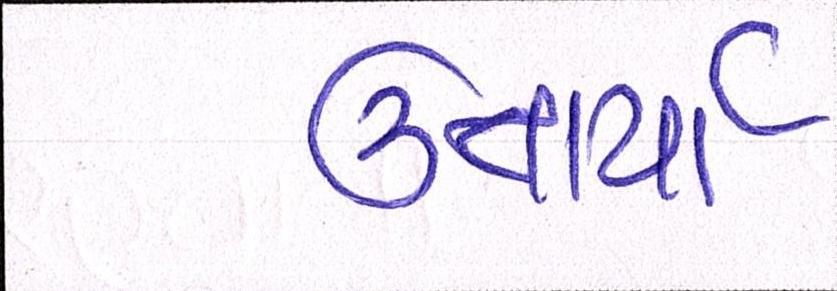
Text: ઉતાર્યા